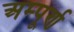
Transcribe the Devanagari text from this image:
अम्पूर्ण